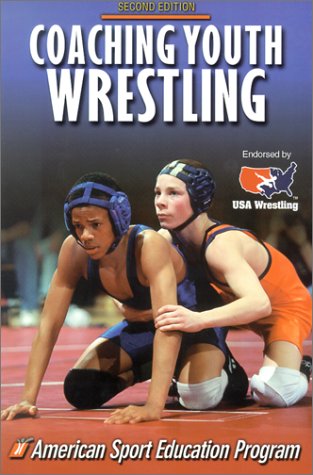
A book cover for Coaching Youth Wrestling (Coaching Youth Sports); American Sport Education Program; Sports & Outdoors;